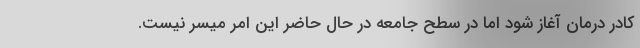
کادر درمان آغاز شود اما در سطح جامعه در حال حاضر این امر میسر نیست.